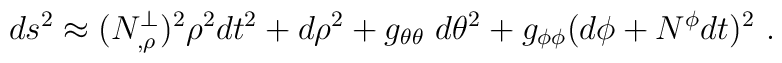
ds^2 \approx (N^{\perp}_{,\rho})^2 \rho^2 dt^2 + d\rho^2 + g_{\theta\theta}\ d\theta^2+ g_{\phi\phi}(d\phi+N^{\phi}dt)^2 \ .